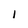
Character: l